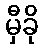
မှီခို